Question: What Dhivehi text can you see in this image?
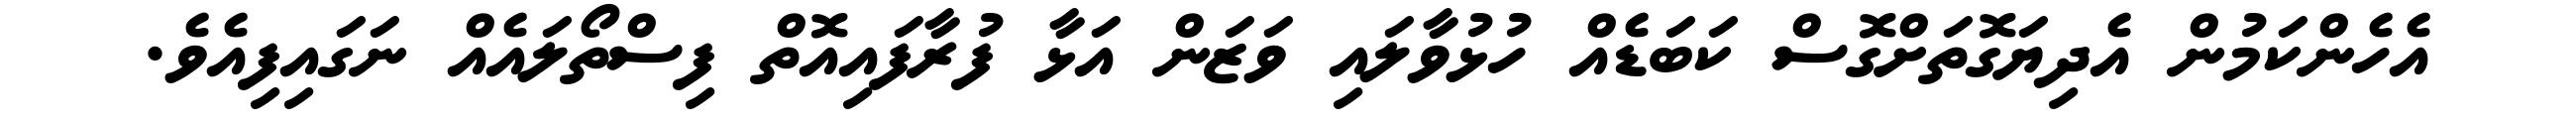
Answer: އެހެންކަމުން އެދިޔަގޮތަށްގޮސް ކަބަޑެއް ހުޅުވާލައި ވަޒަން އަޅާ ފުރާފައިއޮތް ފިސްތޯލައެއް ނަގައިފިއެވެ.